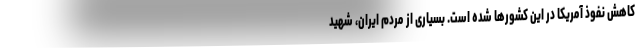
کاهش نفوذ آمریکا در این کشورها شده است. بسیاری از مردم ایران، شهید